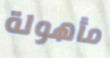
مأهولة